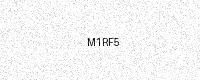
Text: M1RF5